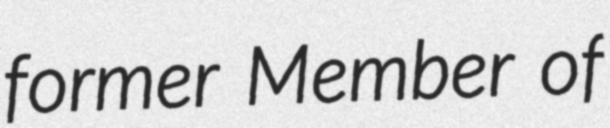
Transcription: former Member of